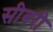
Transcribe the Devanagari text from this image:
सीबरी